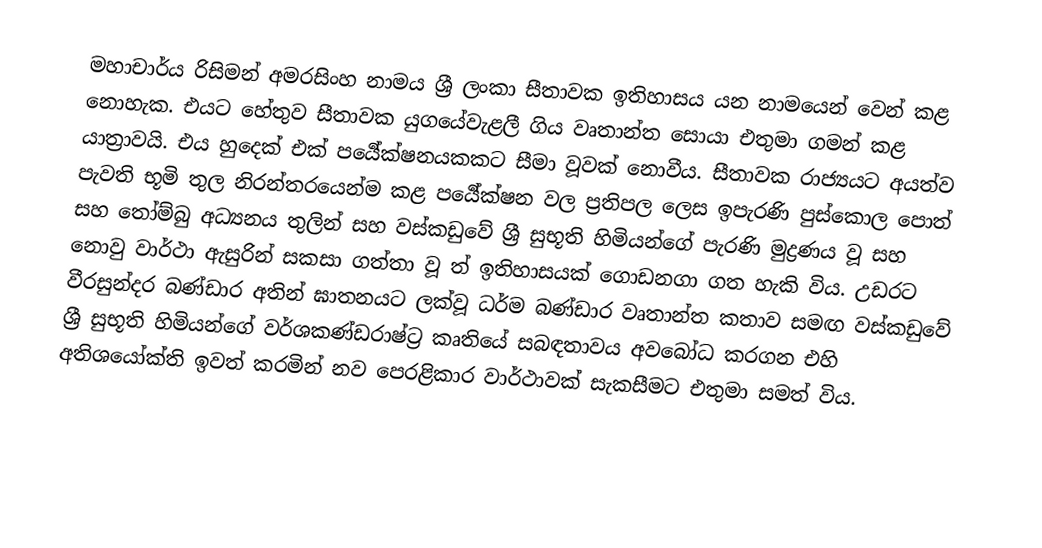
මහාචාර්ය රිසිමන් අමරසිංහ නාමය ශ්‍රී ලංකා සීතාවක ඉතිහාසය යන නාමයෙන් වෙන් කළ නොහැක. එයට හේතුව සීතාවක යුගයේවැළලී ගිය වෘතාන්ත සොයා එතුමා ගමන් කළ යාත්‍රාවයි. එය හුදෙක් එක් පර්‍යේක්ෂනයකකට සීමා වූවක් නොවීය. සීතාවක රාජ්‍යයට අයත්ව පැවති භූමි තුල නිරන්තරයෙන්ම කළ පර්‍යේක්ෂන වල ප්‍රතිපල ලෙස ඉපැරණි පුස්කොල පොත් සහ තෝම්බු අධ්‍යනය තුලින් සහ වස්කඩුවේ ශ්‍රී සුභූති හිමියන්ගේ පැරණි මුද්‍රණය වූ සහ නොවු වාර්ථා ඇසුරින් සකසා ගත්තා වූ ත් ඉතිහාසයක් ගොඩනගා ගත හැකි විය. උඩරට වීරසුන්දර බණ්ඩාර අතින් ඝාතනයට ලක්වූ ධර්ම බණ්ඩාර වෘතාන්ත කතාව සමඟ වස්කඩුවේ ශ්‍රී සුභූති හිමියන්ගේ වර්ශකණ්ඩරාෂ්ට්‍ර කෘතියේ සබඳතාවය අවබෝධ කරගන එහි අතිශයෝක්ති ඉවත් කරමින් නව පෙරළිකාර වාර්ථාවක් සැකසීමට එතුමා සමත් විය.